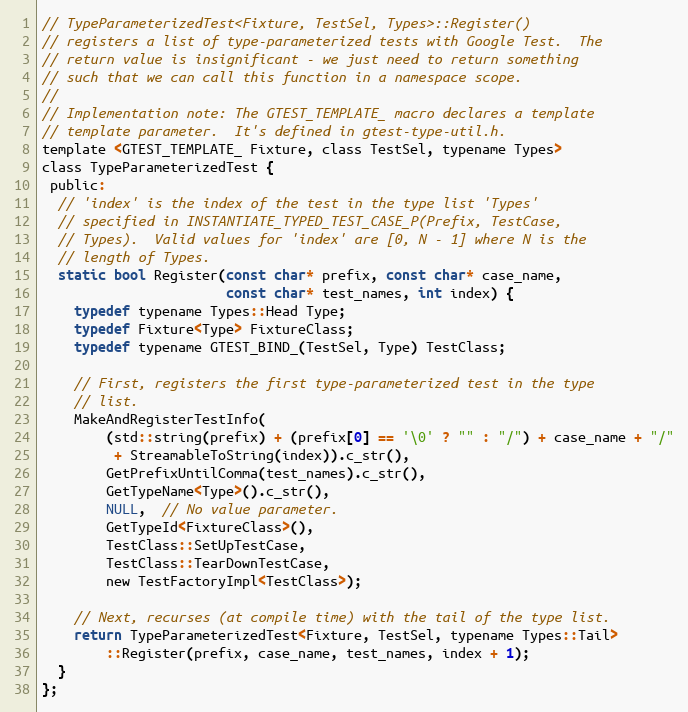
Language: C
// TypeParameterizedTest<Fixture, TestSel, Types>::Register()
// registers a list of type-parameterized tests with Google Test.  The
// return value is insignificant - we just need to return something
// such that we can call this function in a namespace scope.
//
// Implementation note: The GTEST_TEMPLATE_ macro declares a template
// template parameter.  It's defined in gtest-type-util.h.
template <GTEST_TEMPLATE_ Fixture, class TestSel, typename Types>
class TypeParameterizedTest {
 public:
  // 'index' is the index of the test in the type list 'Types'
  // specified in INSTANTIATE_TYPED_TEST_CASE_P(Prefix, TestCase,
  // Types).  Valid values for 'index' are [0, N - 1] where N is the
  // length of Types.
  static bool Register(const char* prefix, const char* case_name,
                       const char* test_names, int index) {
    typedef typename Types::Head Type;
    typedef Fixture<Type> FixtureClass;
    typedef typename GTEST_BIND_(TestSel, Type) TestClass;

    // First, registers the first type-parameterized test in the type
    // list.
    MakeAndRegisterTestInfo(
        (std::string(prefix) + (prefix[0] == '\0' ? "" : "/") + case_name + "/"
         + StreamableToString(index)).c_str(),
        GetPrefixUntilComma(test_names).c_str(),
        GetTypeName<Type>().c_str(),
        NULL,  // No value parameter.
        GetTypeId<FixtureClass>(),
        TestClass::SetUpTestCase,
        TestClass::TearDownTestCase,
        new TestFactoryImpl<TestClass>);

    // Next, recurses (at compile time) with the tail of the type list.
    return TypeParameterizedTest<Fixture, TestSel, typename Types::Tail>
        ::Register(prefix, case_name, test_names, index + 1);
  }
};